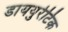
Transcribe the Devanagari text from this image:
डाययुरेटिक